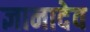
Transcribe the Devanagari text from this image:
ज्ञानादेव